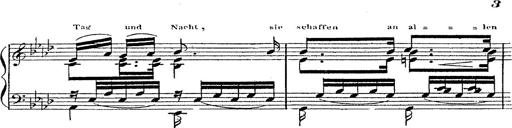
Title: 12 Lieder von Franz Schubert
Composer: Franz Liszt